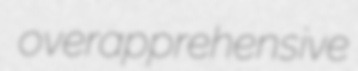
overapprehensive